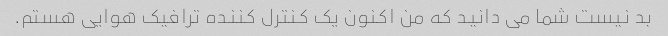
بد نیست شما می دانید که من اکنون یک کنترل کننده ترافیک هوایی هستم.